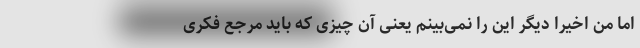
اما من اخیراً دیگر این را نمی‌بینم یعنی آن چیزی که باید مرجع فکری